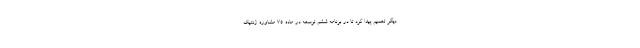
دیگر تعمیم پیدا کرد تا در برنامه ششم توسعه در ماده ۷۵ مشاوره ژنتیک